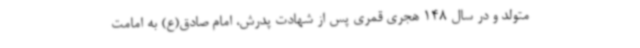
متولد و در سال 148 هجری قمری پس از شهادت پدرش، امام صادق(ع) به امامت